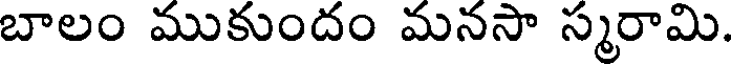
బాలం ముకుందం మనసా స్మరామి.